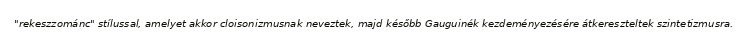
"rekeszzománc" stílussal, amelyet akkor cloisonizmusnak neveztek, majd később Gauguinék kezdeményezésére átkereszteltek szintetizmusra.